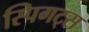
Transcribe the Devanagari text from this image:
स्पिगट्स